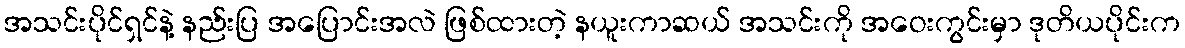
အသင်းပိုင်ရှင်နဲ့ နည်းပြ အပြောင်းအလဲ ဖြစ်ထားတဲ့ နယူးကာဆယ် အသင်းကို အဝေးကွင်းမှာ ဒုတိယပိုင်းက